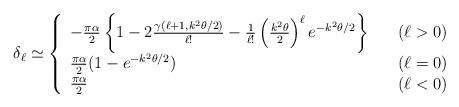
LaTeX: \begin{align*}\delta_{\ell}\simeq\left\{\begin{array}{ll}-\frac{\pi\alpha}{2}\left\{1-2\frac{\gamma(\ell+1,k^2\theta/2)}{\ell !}-\frac{1}{\ell!}\left(\frac{k^2\theta}{2}\right)^{\ell}e^{-k^2\theta/2}\right\} & \quad (\ell>0)\\\frac{\pi\alpha}{2}(1-e^{-k^2\theta/2}) & \quad (\ell=0)\\\frac{\pi\alpha}{2} & \quad (\ell<0)\end{array}\right.\end{align*}